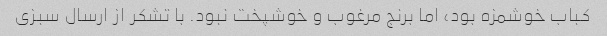
کباب خوشمزه بود، اما برنج مرغوب و خوشپخت نبود. با تشکر از ارسال سبزی